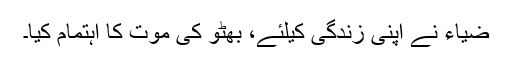
ضیاء نے اپنی زندگی کیلئے، بھٹو کی موت کا اہتمام کیا۔